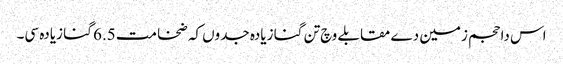
اس دا حجم زمین دے مقابلے وچ تن گنا زیادہ جدو‏ں کہ ضخامت 6.5 گنا زیادہ سی۔